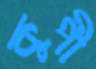
কুপী